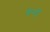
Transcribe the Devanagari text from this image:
डेनट्री